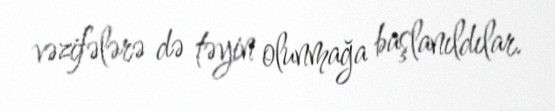
vəzifələrə də təyin olunmağa başlanıldılar.